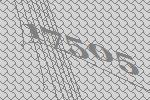
17505